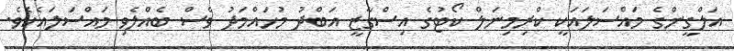
އަލްގީންގެ މައްސަލައަކީ ކްރިމިނަލް ކޯޓުގެ އިސްގާޒީ އަބްދު މުހައްމަދު ވެސް ބެއްލެވި މައްސަލައެކެވެ.